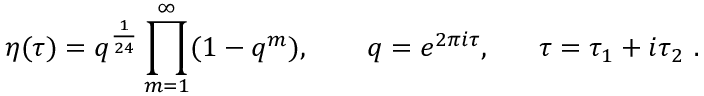
\eta ( \tau ) = q ^ { \frac { 1 } { 2 4 } } \prod _ { m = 1 } ^ { \infty } ( 1 - q ^ { m } ) , ~ ~ ~ ~ ~ ~ q = e ^ { 2 \pi i \tau } , ~ ~ ~ ~ ~ \tau = \tau _ { 1 } + i \tau _ { 2 } \ .